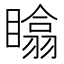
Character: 䁯